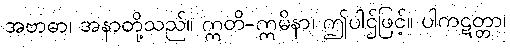
အဗာဓာ၊ အနာတို့သည်။ ဣတိ-ဣမိနာ၊ ဤပါဌ်ဖြင့်။ ပါကဋတ္တာ၊